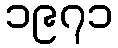
၁၉၇၁